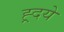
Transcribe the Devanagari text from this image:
ह्र्दये